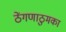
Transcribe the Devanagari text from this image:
ठेंगणाठुमका